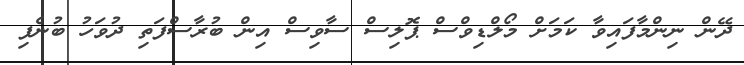
ދޭން ނިންމާފައިވާ ކަމަށް މޯލްޑިވްސް ޕޮލިސް ސާވިސް އިން ބުރާސްފަތި ދުވަހު ބުނެފި